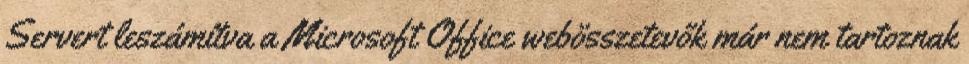
Servert leszámítva a Microsoft Office webösszetevők már nem tartoznak